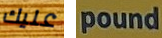
عليك pound